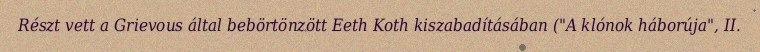
Részt vett a Grievous által bebörtönzött Eeth Koth kiszabadításában ("A klónok háborúja", II.